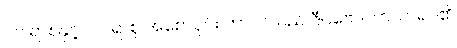
၂၀ ရာစုနှင့် ၂၁ ရာစု အစောပိုင်း ကာလသည် ဇီဝဗေဒဘာသာရပ်၏